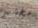
مختبر